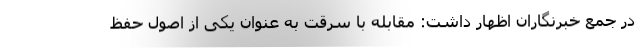
در جمع خبرنگاران اظهار داشت: مقابله با سرقت به عنوان یکی از اصول حفظ